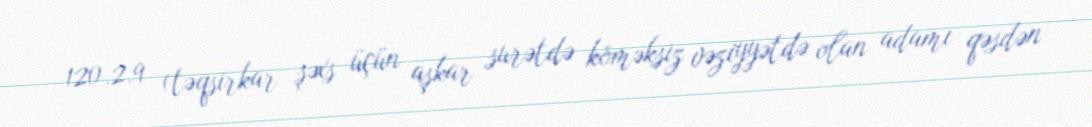
120.2.9 (təqsirkar şəxs üçün aşkar surətdə köməksiz vəziyyətdə olan adamı qəsdən